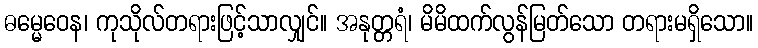
ဓမ္မေဝေန၊ ကုသိုလ်တရားဖြင့်သာလျှင်။ အနုတ္တရံ၊ မိမိထက်လွန်မြတ်သော တရားမရှိသော။